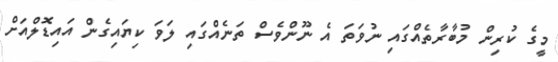
މީގެ ކުރިން މުބާރާތެއްގައި ނުވަތަ އެ ނޫންވެސް ތަނެއްގައި ލަވަ ކިޔައިގެން އައިޑޮލްއަށް